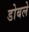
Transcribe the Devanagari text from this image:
डोबले